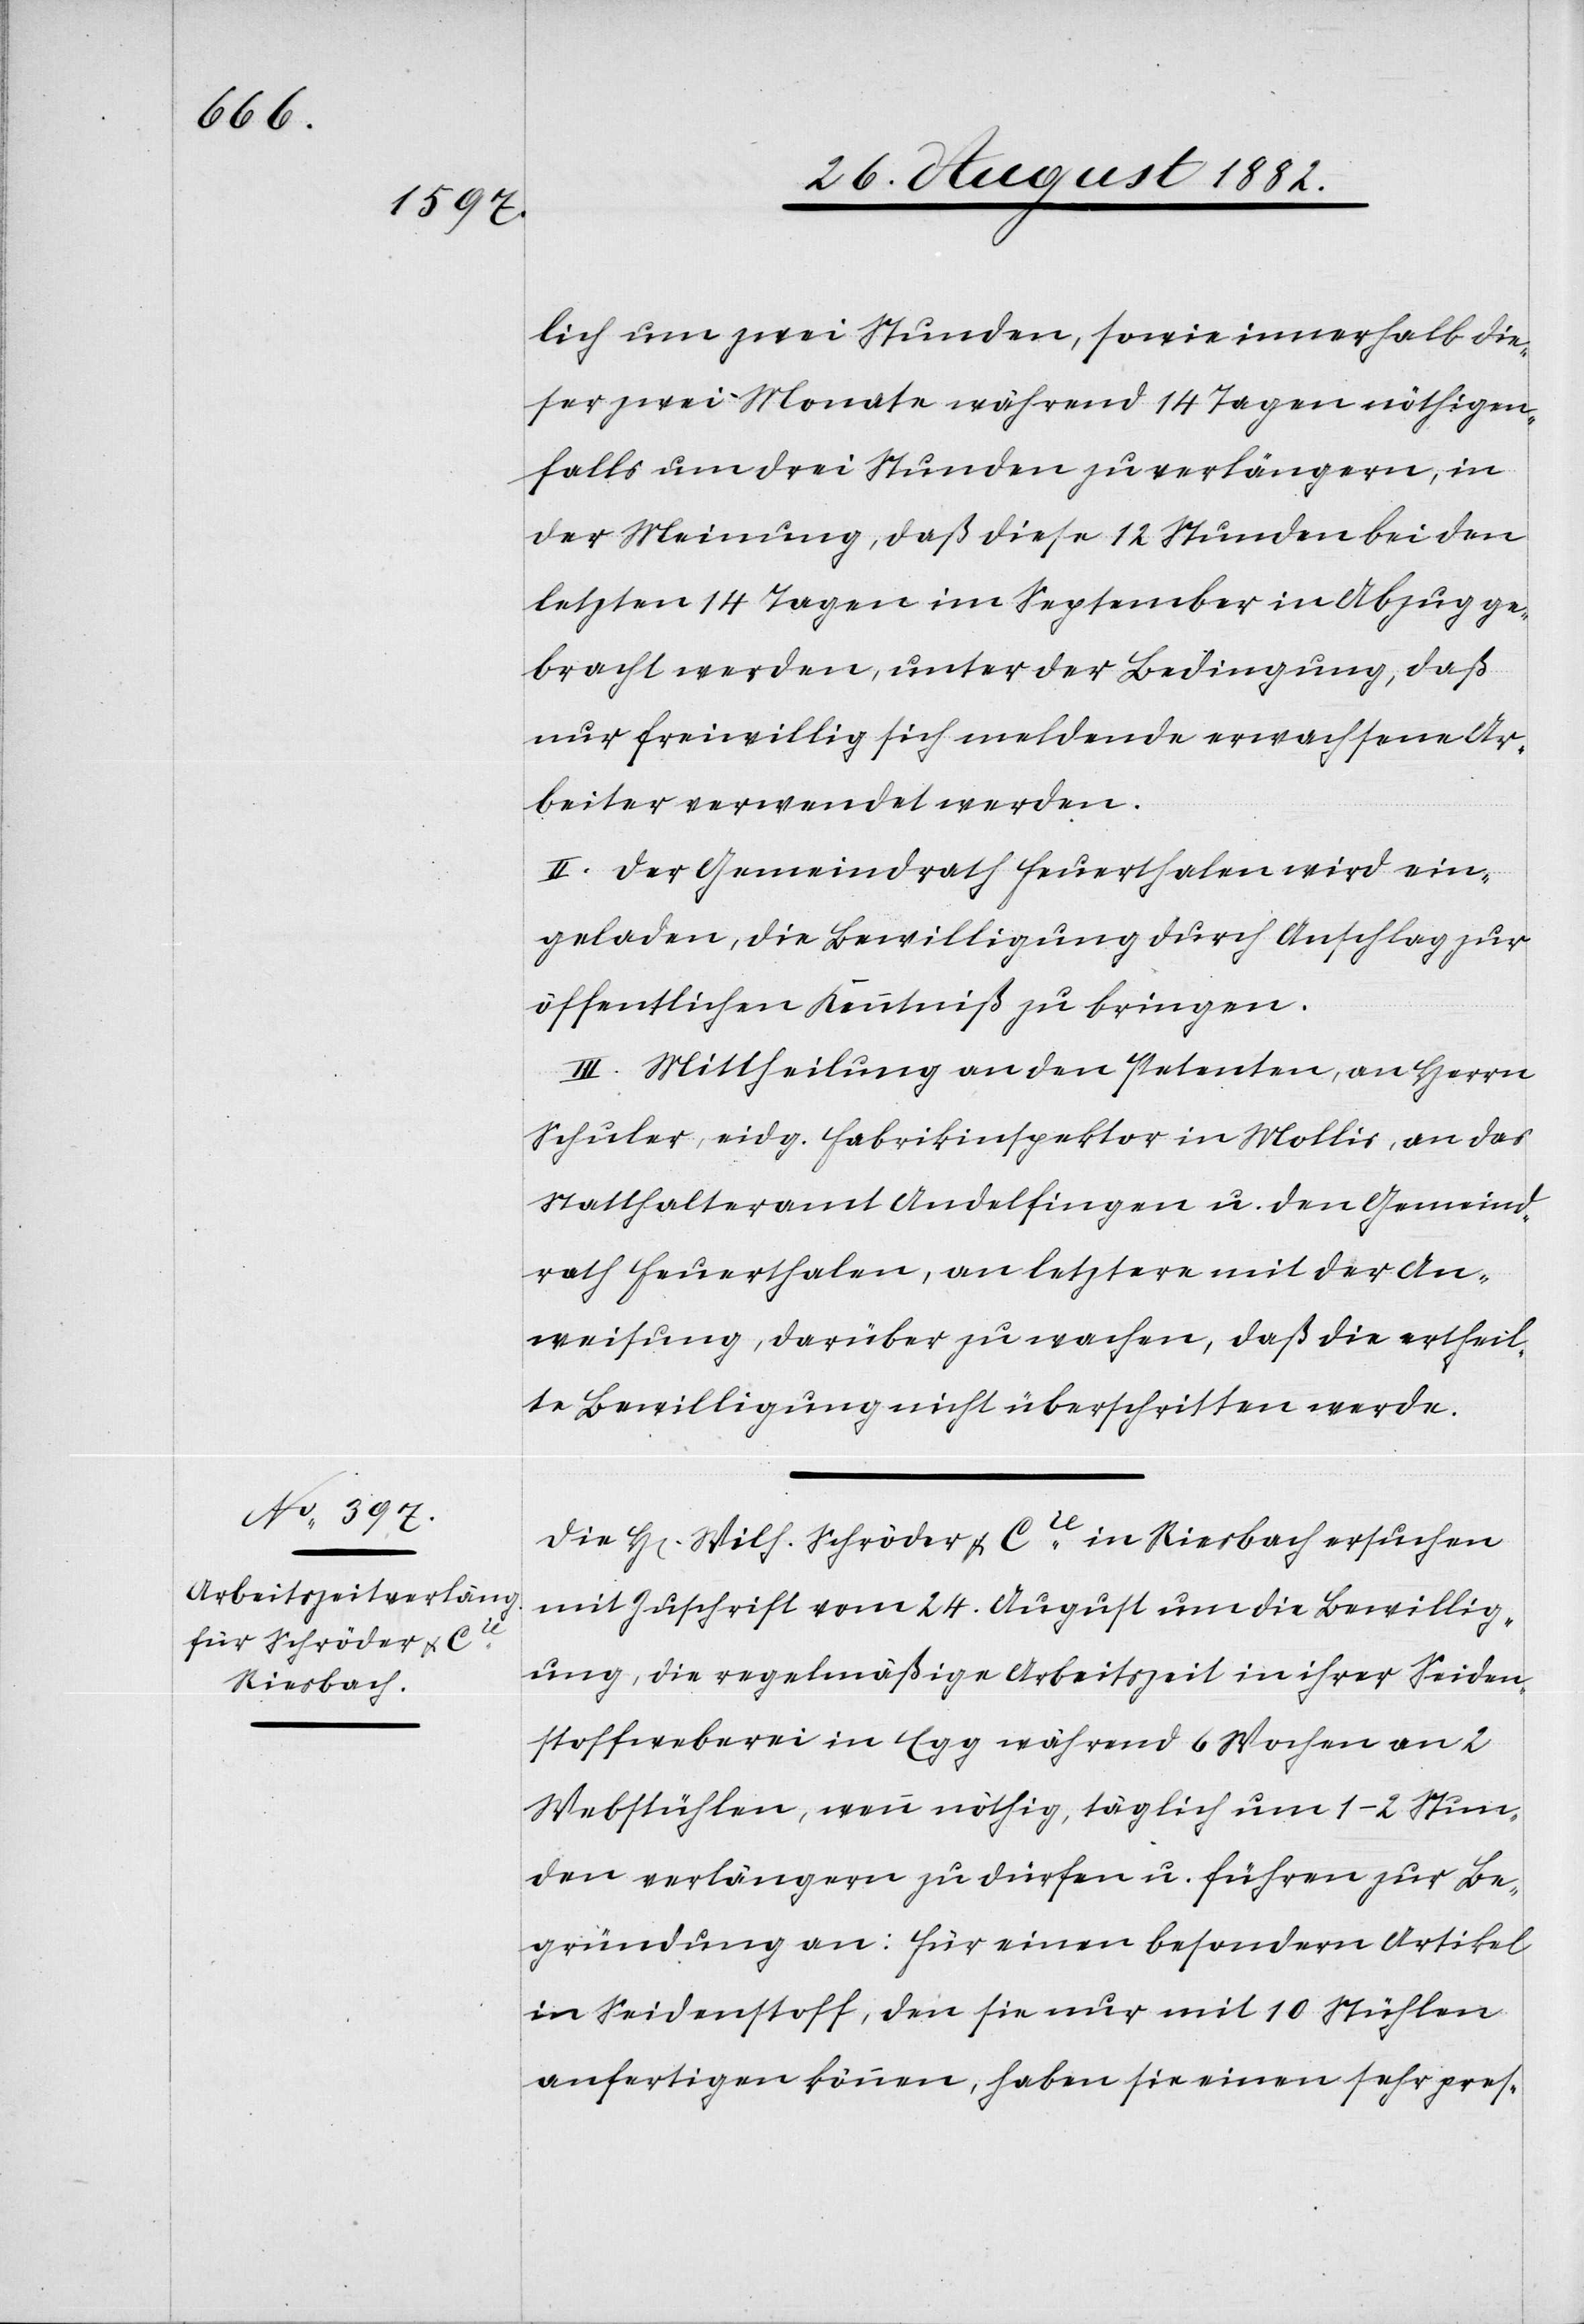
lich um zwei Stunden, sowie innerhalb die¬
ser zwei Monate während 14 Tagen nöthigen¬
falls um drei Stunden zu verlängern, in
der Meinung, daß diese 12 Stunden bei den
letzten 14 Tagen im September in Abzug ge¬
bracht werden, unter der Bedingung, daß
nur freiwillig sich meldende erwachsene Ar¬
beiter verwendet werden.
II. Der Gemeindrath Feuerthalen wird ein¬
geladen, die Bewilligung durch Anschlag zur
öffentlichen Kenntniß zu bringen.
III. Mittheilung an den Petenten, an Herrn
Schuler, eidg. Fabrikinspektor in Mollis, an das
Statthalteramt Andelfingen u. den Gemeind¬
rath Feuerthalen, an letztere mit der An¬
weisung, darüber zu wachen, daß die ertheil¬
te Bewilligung nicht überschritten werde.
Die H[erren] Wilh. Schröder & Cie in Riesbach ersuchen
mit Zuschrift vom 24. August um die Bewillig¬
ung, die regelmäßige Arbeitszeit in ihrer Seiden¬
stoffweberei in Egg während 6 Wochen an 2
Webstühlen, wenn nöthig, täglich um 1–2 Stun¬
den verlängern zu dürfen u. führen zur Be¬
gründung an: Für einen besondern Artikel
in Seidenstoff, den sie nur mit 10 Stühlen
anfertigen können, haben sie einen sehr pres-